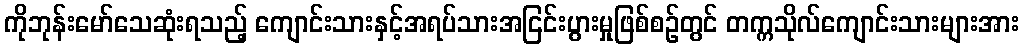
ကိုဘုန်းမော်သေဆုံးရသည့် ကျောင်းသားနှင့်အရပ်သားအငြင်းပွားမှုဖြစ်စဉ်တွင် တက္ကသိုလ်ကျောင်းသားများအား